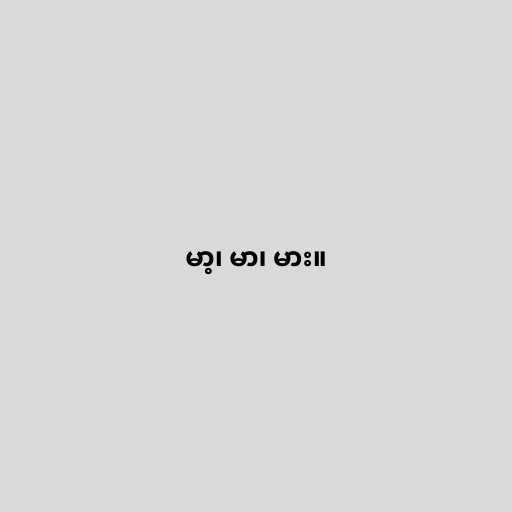
မာ့၊ မာ၊ မား။